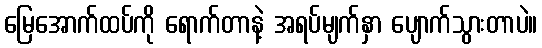
မြေအောက်ထပ်ကို ရောက်တာနဲ့ အရပ်မျက်နှာ ပျောက်သွားတာပဲ။